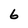
Character: 6